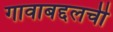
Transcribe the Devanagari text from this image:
गावाबद्दलची